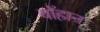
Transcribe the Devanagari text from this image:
यॉहान